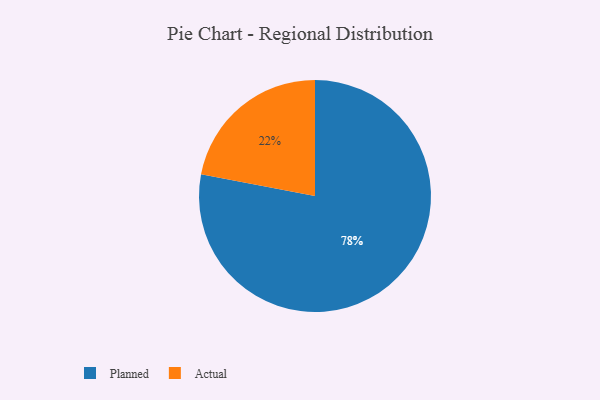
{"axis": {"x": "Category", "y": "Percentage"}, "legend": ["Actual", "Planned"], "data": [{"x": "Actual", "y": 22, "type": "Actual"}, {"x": "Planned", "y": 78, "type": "Planned"}]}